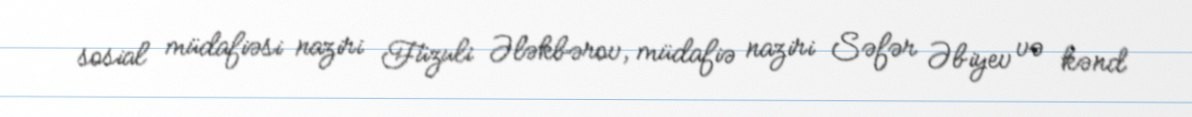
sosial müdafiəsi naziri Füzuli Ələkbərov, müdafiə naziri Səfər Əbiyev və kənd